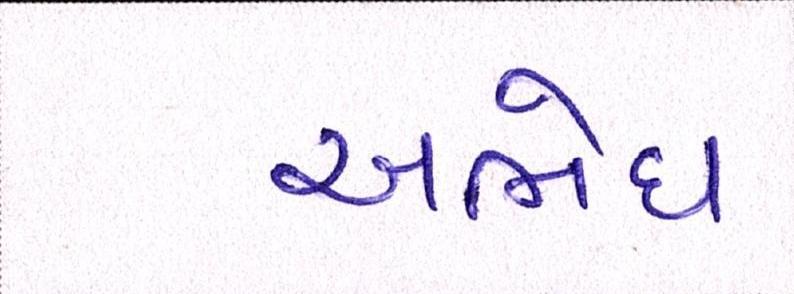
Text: અભેધ